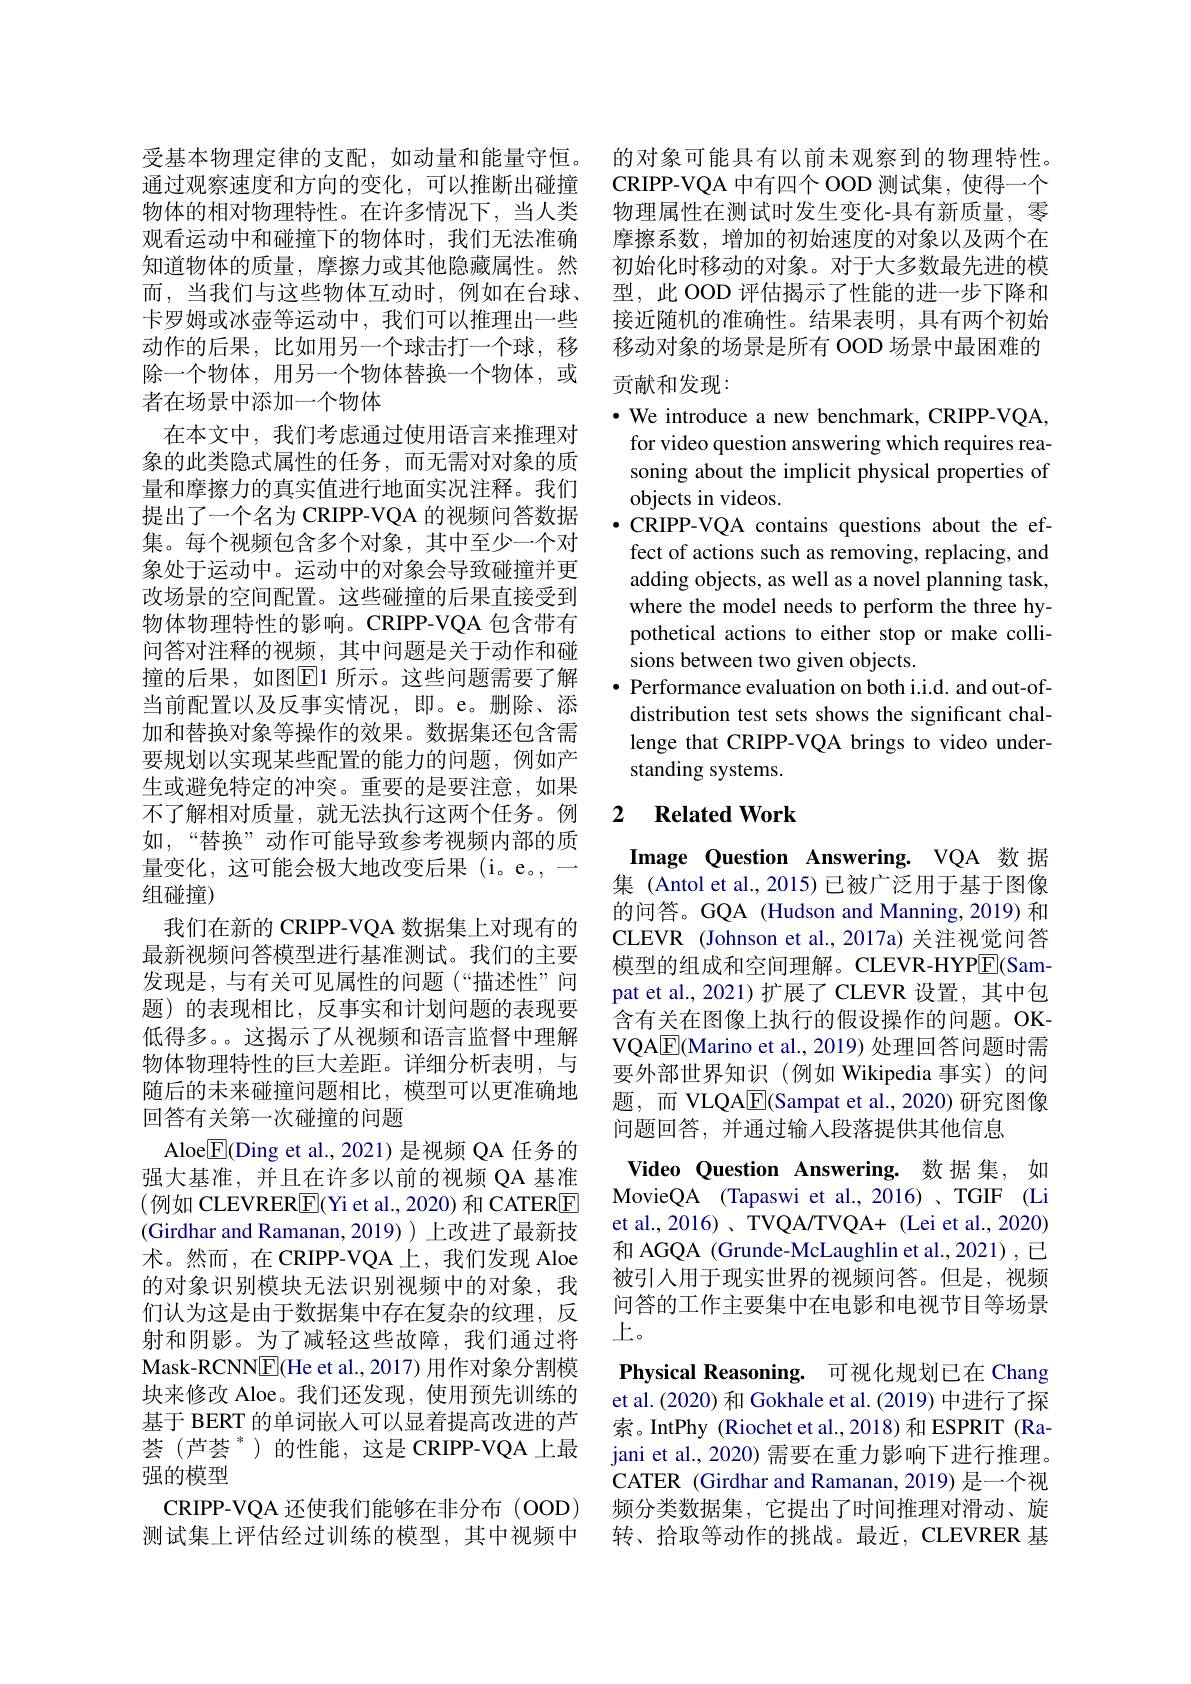
受基本物理定律的支配，如动量和能量守恒。通过观察速度和方向的变化，可以推断出碰撞物体的相对物理特性。在许多情况下，当人类观看运动中和碰撞下的物体时，我们无法准确知道物体的质量，摩擦力或其他隐藏属性。然而，当我们与这些物体互动时，例如在台球、 卡罗姆或冰壶等运动中，我们可以推理出一些动作的后果，比如用另一个球击打一个球，移除一个物体，用另一个物体替换一个物体，或者在场景中添加一个物体
在本文中，我们考虑通过使用语言来推理对象的此类隐式属性的任务，而无需对对象的质量和摩擦力的真实值进行地面实况注释。我们提出了一个名为 CRIPP-VQA 的视频问答数据集。每个视频包含多个对象，其中至少一个对象处于运动中。运动中的对象会导致碰撞并更改场景的空间配置。这些碰撞的后果直接受到物体物理特性的影响。CRIPP-VQA 包含带有问答对注释的视频，其中问题是关于动作和碰撞的后果，如图E1 所示。这些问题需要了解当前配置以及反事实情况，即。e。删除、添加和替换对象等操作的效果。数据集还包含需要规划以实现某些配置的能力的问题，例如产生或避免特定的冲突。重要的是要注意，如果不了解相对质量，就无法执行这两个任务。例如，“替换”动作可能导致参考视频内部的质量变化，这可能会极大地改变后果 (i。e。,— 组碰撞)
我们在新的 CRIPP-VQA 数据集上对现有的最新视频问答模型进行基准测试。我们的主要发现是，与有关可见属性的问题(“描述性”间题)的表现相比，反事实和计划问题的表现要低得多。。这揭示了从视频和语言监督中理解物体物理特性的巨大差距。详细分析表明，与随后的未来碰撞问题相比，模型可以更准确地回答有关第一次碰撞的问题
Aloe$\boxed{\mathrm{F}}($Ding et al., 2021) 是视频 QA 任务的强大基准，并且在许多以前的视频 QA 基准(例如 CLEVRERE(Yi et al., 2020) 和 CATERE (Girdhar and Ramanan,2019))上改进了最新技术。然而，在CRIPP-VQA上，我们发现 Aloe 的对象识别模块无法识别视频中的对象，我们认为这是由于数据集中存在复杂的纹理，反射和阴影。为了减轻这些故障，我们通过将Mask-RCNNE(He et al., 2017) 用作对象分割模块来修改 Aloe。我们还发现，使用预先训练的基于 BERT 的单词嵌入可以显着提高改进的芦$\text{荟(芦荟 }^{*}$)的性能，这是 CRIPP-VQA上最强的模型
CRIPP-VQA 还使我们能够在非分布 (OOD) 测试集上评估经过训练的模型，其中视频中

的对象可能具有以前未观察到的物理特性。CRIPP-VQA 中有四个 OOD 测试集，使得一个物理属性在测试时发生变化-具有新质量，零摩擦系数，增加的初始速度的对象以及两个在初始化时移动的对象。对于大多数最先进的模型，此 OOD 评估揭示了性能的进一步下降和接近随机的准确性。结果表明，具有两个初始移动对象的场景是所有 OOD 场景中最困难的

### 贡献和发现：

$\bullet$ We introduce a new benchmark, CRIPP-VQA, for video question answering which requires reasoning about the implicit physical properties of objects in videos.
$\bullet$ CRIPP-VQA contains questions about the effect of actions such as removing, replacing, and adding objects, as well as a novel planning task, where the model needs to perform the three hypothetical actions to either stop or make collisions between two given objects.
$\bullet$ Performance evaluation on both i.i.d. and out-ofdistribution test sets shows the significant challenge that CRIPP-VQA brings to video understanding systems.

### 2 $\textbf{Related Work}$

Image Question Answering. VQA 数 据集 (Antol et al., 2015) 已被广泛用于基于图像的问答。GQA (Hudson and Manning, 2019) 和CLEVR (Johnson et al.,2017a) 关注视觉问答模型的组成和空间理解。CLEVR-HYPE(Sampat et al., 2021)扩展了 CLEVR 设置，其中包含有关在图像上执行的假设操作的问题。OKVQA$\underline{\mathrm{E}}$(Marino et al., 2019) 处理回答问题时需要外部世界知识(例如 Wikipedia 事实)的问题，而 VLQA$\underline{\mathrm{E}}($Sampat et al.,2020) 研究图像问题回答，并通过输入段落提供其他信息

Video Question Answering. 数据集，如MovieQA (Tapaswi et al.,2016) 、TGIF (Li et al., 2016) 、 TVQA/TVQA+ (Lei et al., 2020) 和 AGQA (Grunde-McLaughlin et al., 2021) , 已被引入用于现实世界的视频问答。但是，视频问答的工作主要集中在电影和电视节目等场景$上$。
Physical Reasoning. 可视化规划已在 Chang et al.(2020) 和 Gokhale et al. (2019) 中进行了探索。IntPhy (Riochet et al.,2018)和 ESPRIT (Rajani et al., 2020) 需要在重力影响下进行推理。CATER (Girdhar and Ramanan, 2019) 是一个视频分类数据集，它提出了时间推理对滑动、旋转、拾取等动作的挑战。最近，CLEVRER 基